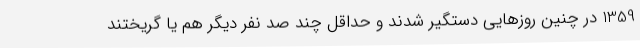
1359 در چنین روزهایی دستگیر شدند و حداقل چند صد نفر دیگر هم یا گریختند